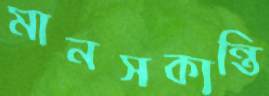
মানসকান্তি